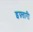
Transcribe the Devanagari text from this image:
इफ़्तारी